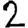
Digit: 2